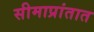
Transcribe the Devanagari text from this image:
सीमाप्रांतात